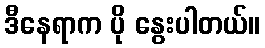
ဒီနေရာက ပို နွေးပါတယ်။